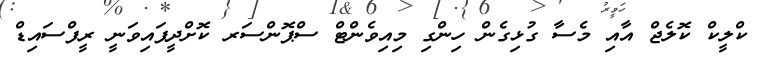
ކްލީކް ކޮލެޖް އާއި މެސާ ގުޅިގެން ހިންގި މިއިވެންޓް ސްޕޮންސަރ ކޮށްދީފައިވަނީ ރީފްސައިޑް